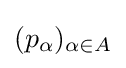
(p_{\alpha })_{\alpha \in A}